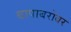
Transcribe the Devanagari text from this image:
बापाबरोबर